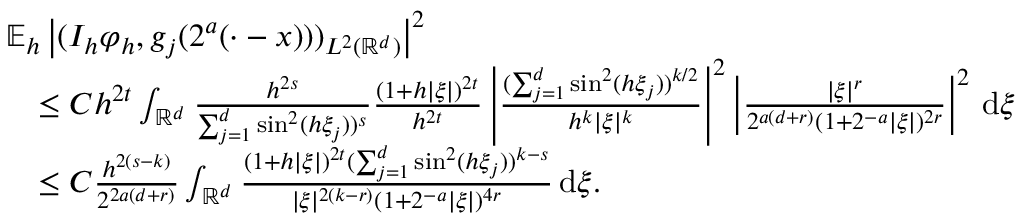
\begin{array} { r l } & { \mathbb { E } _ { h } \left| ( I _ { h } \varphi _ { h } , g _ { j } ( 2 ^ { a } ( \cdot - x ) ) ) _ { L ^ { 2 } ( \mathbb { R } ^ { d } ) } \right| ^ { 2 } } \\ & { \quad \le C h ^ { 2 t } \int _ { \mathbb { R } ^ { d } } \frac { h ^ { 2 s } } { \sum _ { j = 1 } ^ { d } \sin ^ { 2 } ( h \xi _ { j } ) ) ^ { s } } \frac { ( 1 + h | \xi | ) ^ { 2 t } } { h ^ { 2 t } } \left| \frac { ( \sum _ { j = 1 } ^ { d } \sin ^ { 2 } ( h \xi _ { j } ) ) ^ { k / 2 } } { h ^ { k } | \xi | ^ { k } } \right| ^ { 2 } \left| \frac { | \xi | ^ { r } } { 2 ^ { a ( d + r ) } ( 1 + 2 ^ { - a } | \xi | ) ^ { 2 r } } \right| ^ { 2 } \, \mathrm { d } \xi } \\ & { \quad \le C \frac { h ^ { 2 ( s - k ) } } { 2 ^ { 2 a ( d + r ) } } \int _ { \mathbb { R } ^ { d } } \frac { ( 1 + h | \xi | ) ^ { 2 t } ( \sum _ { j = 1 } ^ { d } \sin ^ { 2 } ( h \xi _ { j } ) ) ^ { k - s } } { | \xi | ^ { 2 ( k - r ) } ( 1 + 2 ^ { - a } | \xi | ) ^ { 4 r } } \, \mathrm { d } \xi . } \end{array}